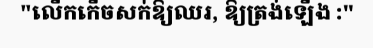
"លើកកើចសក់ឱ្យឈរ, ឱ្យត្រង់ឡើង :"